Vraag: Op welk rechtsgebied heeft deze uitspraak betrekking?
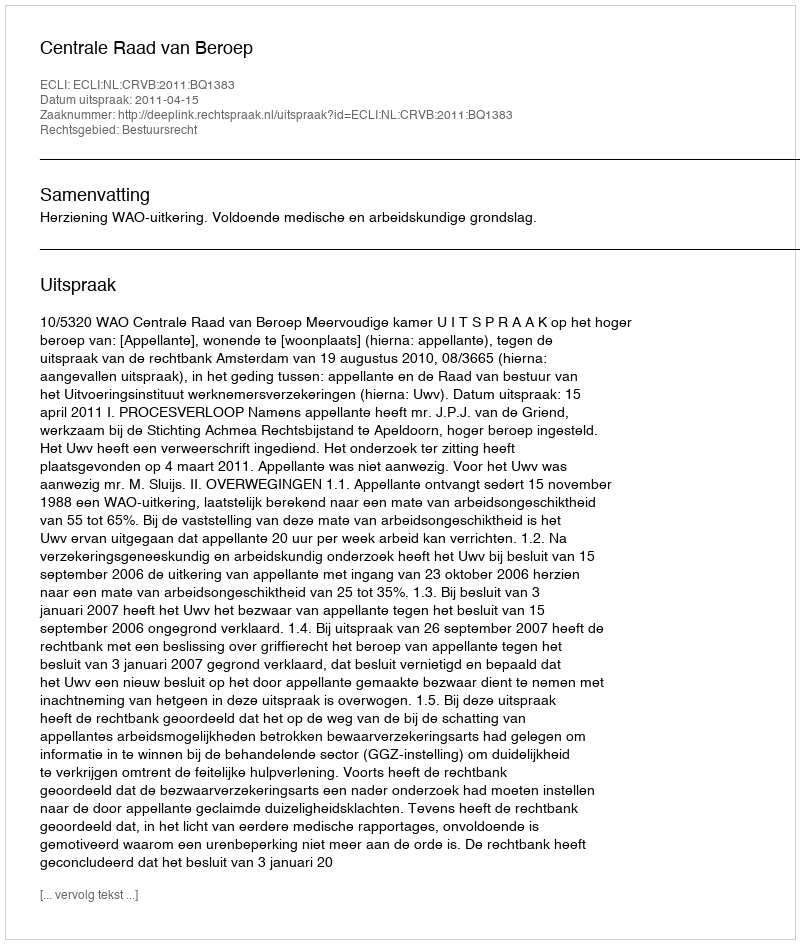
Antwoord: Bestuursrecht